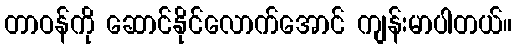
တာဝန်ကို ဆောင်နိုင်လောက်အောင် ကျန်းမာပါတယ်။